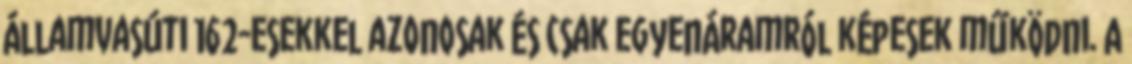
államvasúti 162-esekkel azonosak és csak egyenáramról képesek működni. A